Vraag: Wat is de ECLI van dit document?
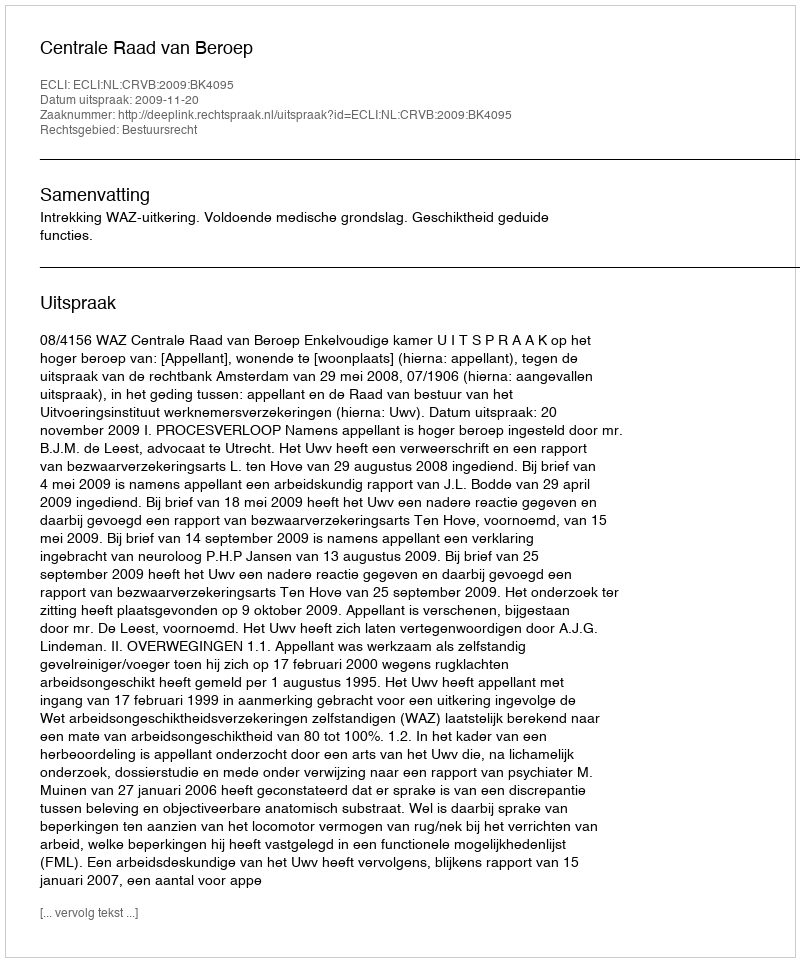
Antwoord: ECLI:NL:CRVB:2009:BK4095